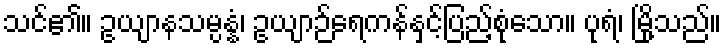
သင်၏။ ဥယျာနသမ္ပန္နံ၊ ဥယျာဉ်ရေကန်နှင့်ပြည့်စုံသော။ ပုရံ၊ မြို့သည်။